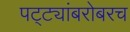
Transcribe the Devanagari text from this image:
पट्ट्यांबरोबरच